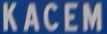
KACEM